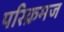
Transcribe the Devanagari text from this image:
परिक्रमज